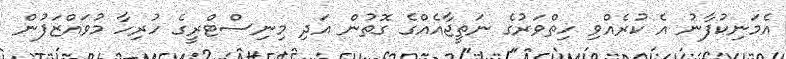
އެމަނިކުފާނު އެ ކުރެއްވި ހިތްވަރުގެ ނަތީޖާއެއްގެ ގޮތުން އަދި މިނިސްޓްރީގެ ހުރިހާ މުވައްޒަފުން